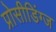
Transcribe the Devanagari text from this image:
प्रोसीडिंग्ज